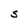
Character: S